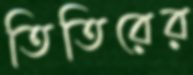
তিতিরের